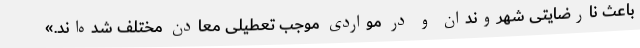
باعث نارضایتی شهروندان و در مواردی موجب تعطیلی معادن مختلف شده‌اند.»